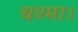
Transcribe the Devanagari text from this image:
चश्मा।